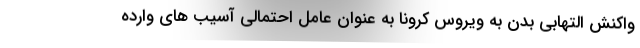
واکنش التهابی بدن به ویروس کرونا به عنوان عامل احتمالی آسیب های وارده